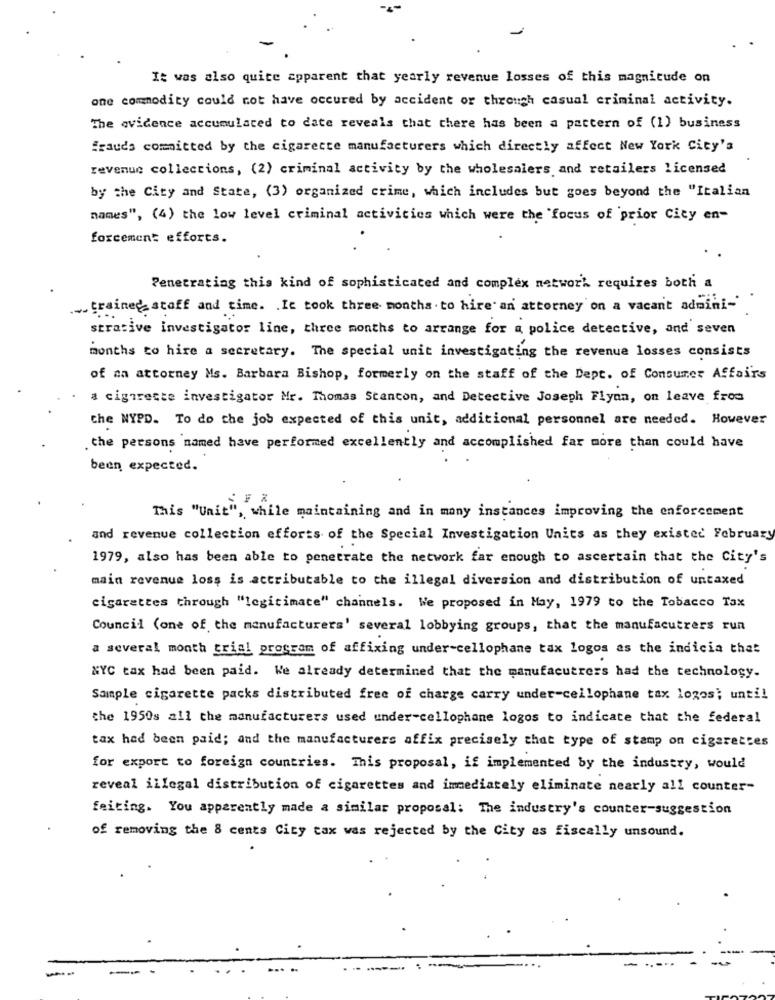
It was also quite apparent that yearly revenue losses of this magnitude on
one commodity could not have occured by accident or through casual criminal activity.
The evidence accumulated to date reveals that there has been a pattern of (1) business
frauds committed by the cigarette manufacturers which directly affect New York City's
revenue collections, (2) criminal activity by the wholesalers and retailers licensed
by the City and State, (3) organized crime, which includes but goes beyond the "Italian
names", (4) the low level criminal activities which were the focus of prior City en-
forcement efforts.
Penetrating this kind of sophisticated and complex network requires both a
-trained staff and time. . It took three months to hire an attorney on a vacant admini-
strative investigator line, three months to arrange for a police detective, and seven
months to hire a secretary. The special unit investigating the revenue losses consists
of na attorney Ms. Barbara Bishop, formerly on the staff of the Dept. of Consumer Affairs
a cigarette investigator Mr. Thomas Scancon, and Detective Joseph Flynn, on leave from
the NYPD. To do the job expected of this unit, additional personnel are needed. However
the persons named have performed excellently and accomplished far more than could have
been expected.
This "Unit", while maintaining and in many instances improving the enforcement
and revenue collection efforts of the Special Investigation Units as they existed February
1979, also has been able to penetrate the network far enough to ascertain that the City's
main revenue loss is attributable to the illegal diversion and distribution of untaxed
cigarettes through "legitimate" channels. We proposed in May, 1979 to the Tobacco Tax
Council (one of the manufacturers' several lobbying groups, that the manufacutrers run
a several month trial program of affixing under-cellophane tax logos as the indicia that
NYC tax had been paid. We already determined that the manufacutrers had the technology.
Sample cigarette packs distributed free of charge carry under-cellophane tax logos; until
the 1950s all the manufacturers used under-cellophane logos to indicate that the federal
tax had been paid; and the manufacturers affix precisely that type of stamp on cigarettes
for export to foreign countries. This proposal, if implemented by the industry, would
reveal illegal distribution of cigarettes and immediately eliminate nearly all counter-
feiting. You apparently made a similar proposal: The industry's counter-suggestion
of removing the 8 cents City tax was rejected by the City as fiscally unsound.
-